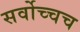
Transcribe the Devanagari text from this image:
सर्वोच्चच